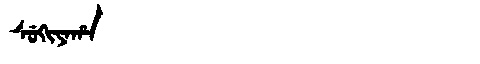
Manchu: ᠰᡠᡴᡳᠶᠠᡥᠠ
Romanization: SUKIYAHA